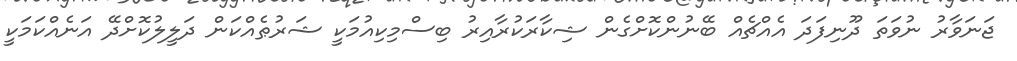
ޖަނަވާރު ނުވަތަ ދޫނިފަދަ އެއްޗެއް ބޭނުންކޮށްގެން ޝިކާރަކުރާއިރު ބިސްމިކިއުމަކީ ޝަރުޠެއްކަން ދަލީލުކޮށްދޭ އަނެއްކަމަކީ